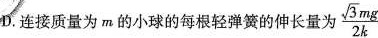
D.连接质量为m的小球的每根轻弹簧的伸长量为” $$\frac{\sqrt{3}mg}{2k}$$